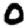
Digit: 0